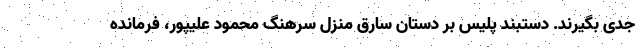
جدی بگیرند. دستبند پلیس بر دستان سارق منزل سرهنگ محمود علیپور، فرمانده